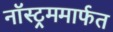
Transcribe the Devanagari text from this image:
नॉस्ट्रममार्फत